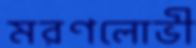
মরণলোভী